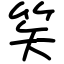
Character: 笶